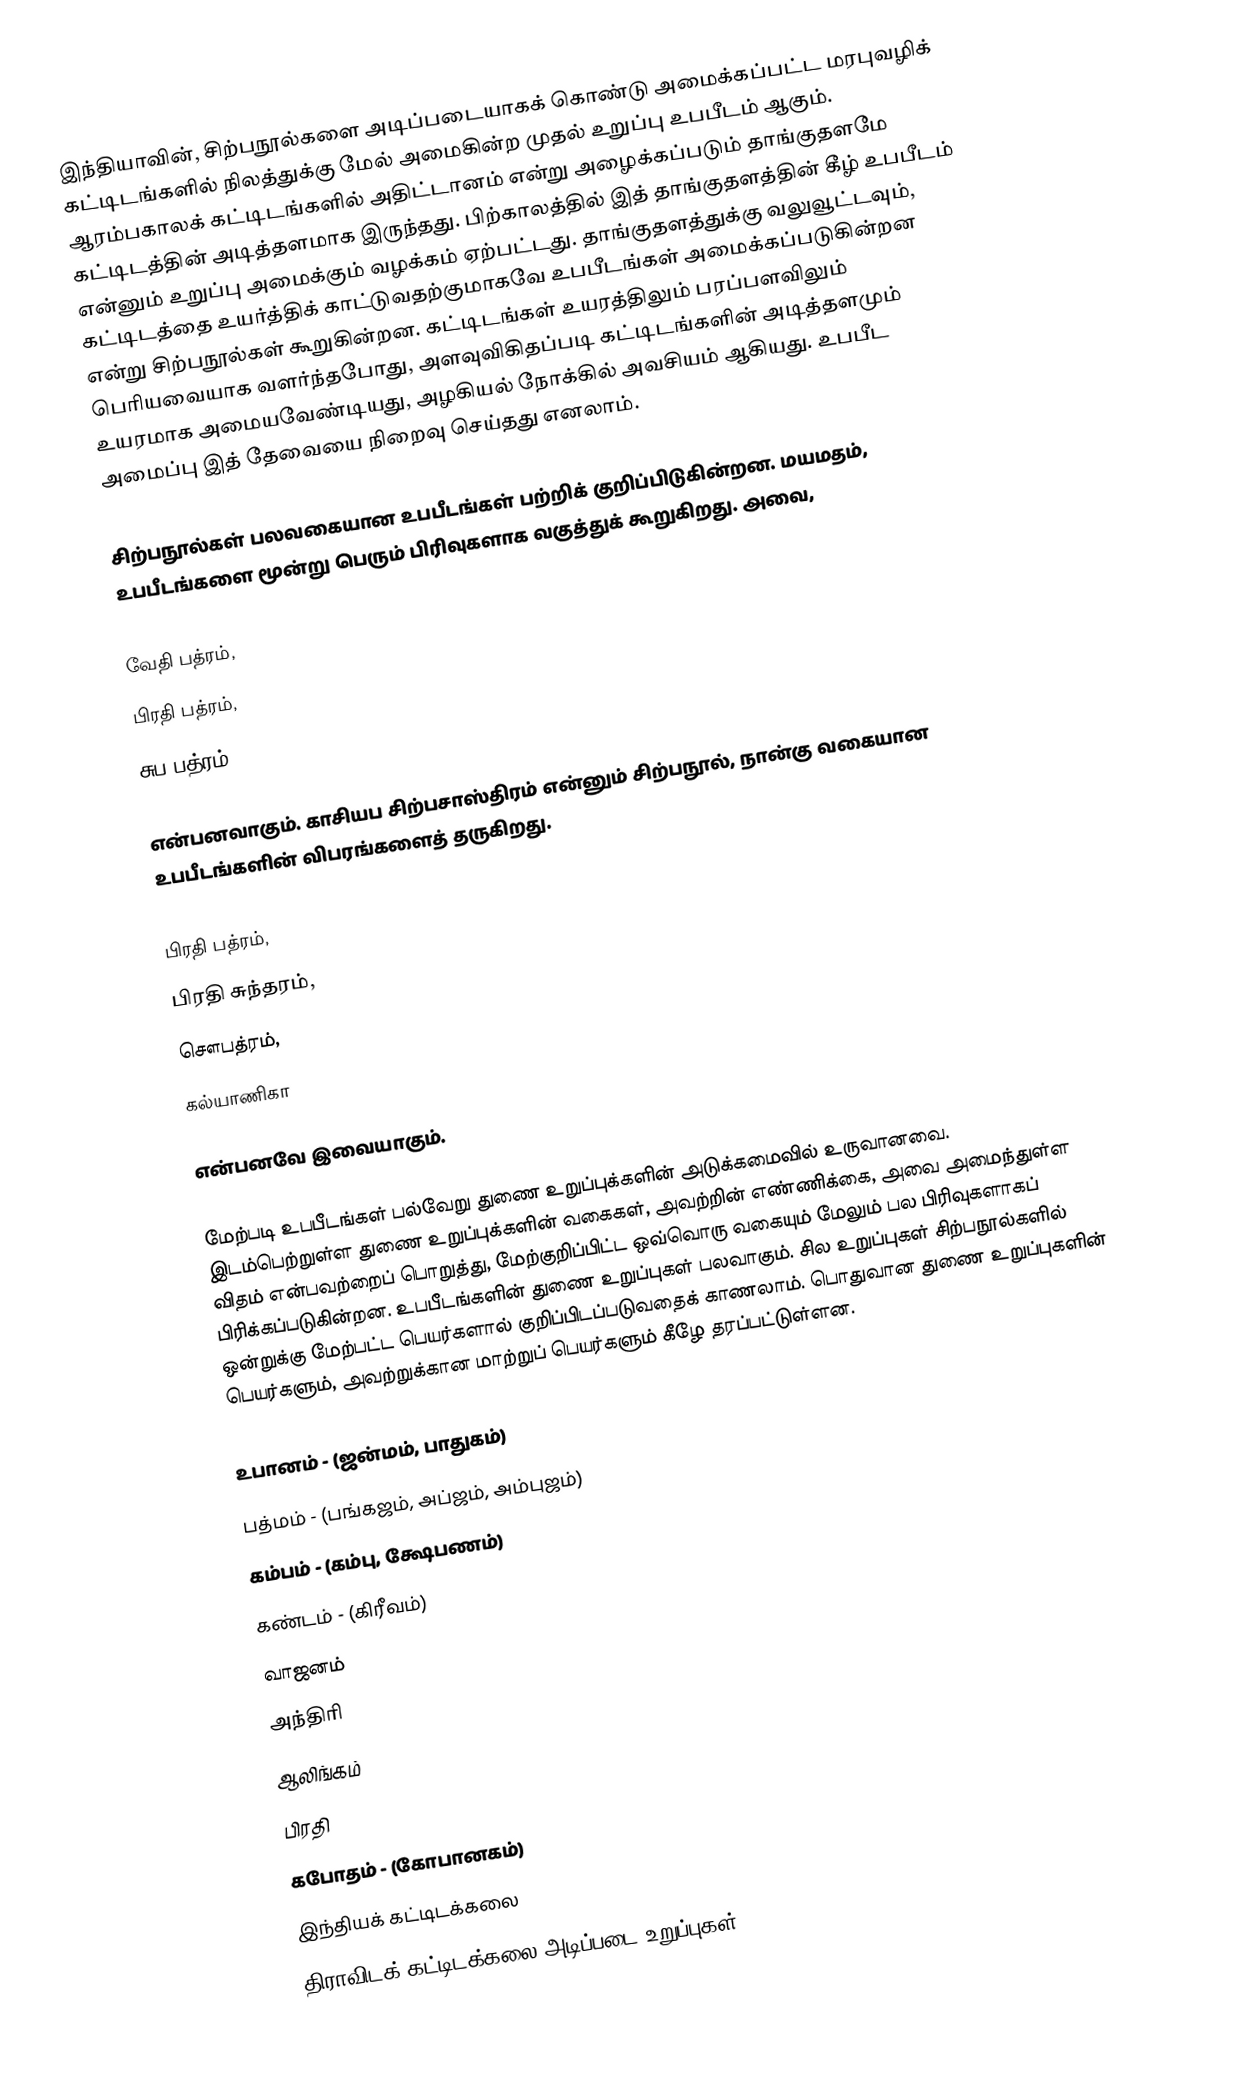
இந்தியாவின், சிற்பநூல்களை அடிப்படையாகக் கொண்டு அமைக்கப்பட்ட மரபுவழிக் கட்டிடங்களில் நிலத்துக்கு மேல் அமைகின்ற முதல் உறுப்பு உபபீடம் ஆகும். ஆரம்பகாலக் கட்டிடங்களில் அதிட்டானம் என்று அழைக்கப்படும் தாங்குதளமே கட்டிடத்தின் அடித்தளமாக இருந்தது. பிற்காலத்தில் இத் தாங்குதளத்தின் கீழ் உபபீடம் என்னும் உறுப்பு அமைக்கும் வழக்கம் ஏற்பட்டது.  தாங்குதளத்துக்கு வலுவூட்டவும், கட்டிடத்தை உயர்த்திக் காட்டுவதற்குமாகவே உபபீடங்கள் அமைக்கப்படுகின்றன என்று சிற்பநூல்கள் கூறுகின்றன. கட்டிடங்கள் உயரத்திலும் பரப்பளவிலும் பெரியவையாக வளர்ந்தபோது, அளவுவிகிதப்படி கட்டிடங்களின் அடித்தளமும் உயரமாக அமையவேண்டியது, அழகியல் நோக்கில் அவசியம் ஆகியது. உபபீட அமைப்பு இத் தேவையை நிறைவு செய்தது எனலாம்.

சிற்பநூல்கள் பலவகையான உபபீடங்கள் பற்றிக் குறிப்பிடுகின்றன. மயமதம், உபபீடங்களை மூன்று பெரும் பிரிவுகளாக வகுத்துக் கூறுகிறது. அவை,

 வேதி பத்ரம்,
 பிரதி பத்ரம்,
 சுப பத்ரம்

என்பனவாகும். காசியப சிற்பசாஸ்திரம் என்னும் சிற்பநூல், நான்கு வகையான உபபீடங்களின் விபரங்களைத் தருகிறது.

 பிரதி பத்ரம்,
 பிரதி சுந்தரம்,
 சௌபத்ரம்,
 கல்யாணிகா

என்பனவே இவையாகும்.

மேற்படி உபபீடங்கள் பல்வேறு துணை உறுப்புக்களின் அடுக்கமைவில் உருவானவை. இடம்பெற்றுள்ள துணை உறுப்புக்களின் வகைகள், அவற்றின் எண்ணிக்கை, அவை அமைந்துள்ள விதம் என்பவற்றைப் பொறுத்து, மேற்குறிப்பிட்ட ஒவ்வொரு வகையும் மேலும் பல பிரிவுகளாகப் பிரிக்கப்படுகின்றன. உபபீடங்களின் துணை உறுப்புகள் பலவாகும். சில உறுப்புகள் சிற்பநூல்களில் ஒன்றுக்கு மேற்பட்ட பெயர்களால் குறிப்பிடப்படுவதைக் காணலாம். பொதுவான துணை உறுப்புகளின் பெயர்களும், அவற்றுக்கான மாற்றுப் பெயர்களும் கீழே தரப்பட்டுள்ளன.

 உபானம் - (ஜன்மம், பாதுகம்)
 பத்மம் - (பங்கஜம், அப்ஜம், அம்புஜம்)
 கம்பம் - (கம்பு, க்ஷேபணம்)
 கண்டம் - (கிரீவம்)
 வாஜனம்
 அந்திரி
 ஆலிங்கம்
 பிரதி
 கபோதம் - (கோபானகம்)
இந்தியக் கட்டிடக்கலை
திராவிடக் கட்டிடக்கலை அடிப்படை உறுப்புகள்